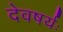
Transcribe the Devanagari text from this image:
देवषर्यः